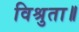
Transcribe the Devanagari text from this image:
विश्रुता॥